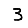
Digit: 3